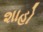
શાહો